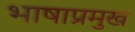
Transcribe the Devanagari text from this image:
भाषाप्रमुख